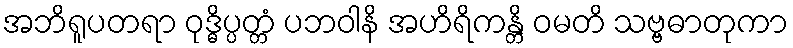
အဘိရူပတရာ ဝုဒ္ဓိပ္ပတ္တံ ပဘဝါနိ အဟိရိကန္တိ ဝမတိ သဗ္ဗဓာတုကာ